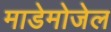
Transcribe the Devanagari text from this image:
माडेमोजेल